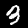
Label: 3